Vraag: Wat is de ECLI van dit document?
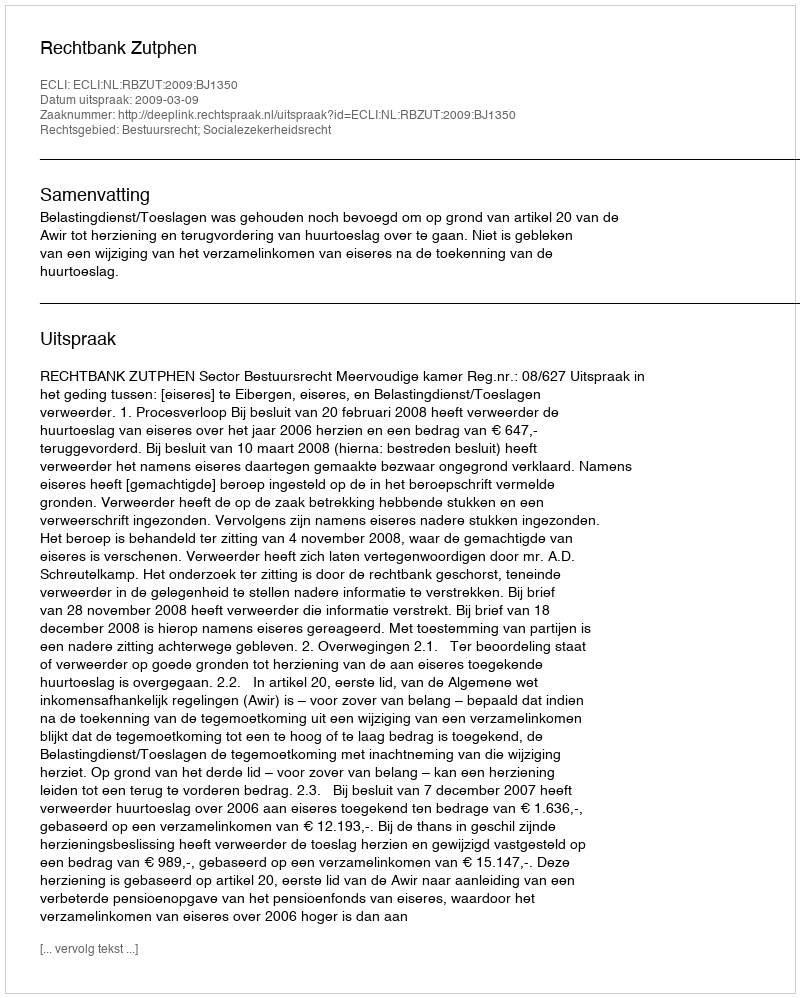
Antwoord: ECLI:NL:RBZUT:2009:BJ1350